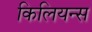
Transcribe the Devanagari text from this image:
किलियन्स